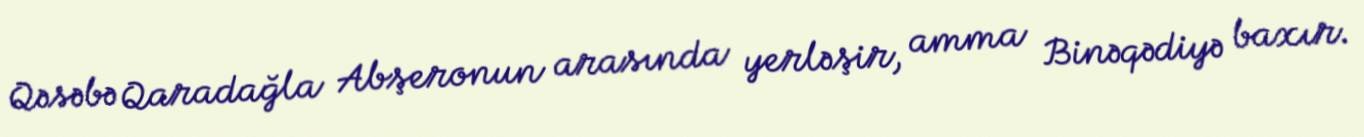
Qəsəbə Qaradağla Abşeronun arasında yerləşir, amma Binəqədiyə baxır.